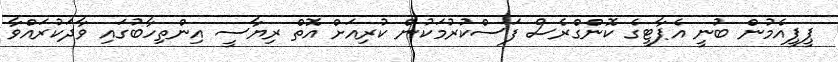
ޕީޕީއެމުން ބުނީ އެޕާޓީގެ ކޮންގްރެސް ފަސްކުރުމަކުން ކުރިއަށް އޮތް ރިޔާސީ އިންތިހާބުގައި ވާދަކުރައްވާ